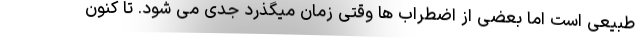
طبیعی است اما بعضی از اضطراب ها وقتی زمان میگذرد جدی می شود. تا کنون